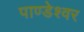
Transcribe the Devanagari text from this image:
पाण्डेश्वर